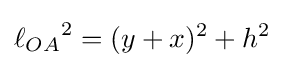
{\ell _{OA}}^{2}=(y+x)^{2}+h^{2}